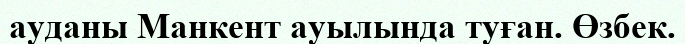
ауданы Манкент ауылында туған. Өзбек.